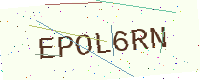
Text: EPOL6RN